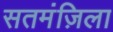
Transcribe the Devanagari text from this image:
सतमंज़िला